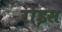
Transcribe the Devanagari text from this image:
रोइस